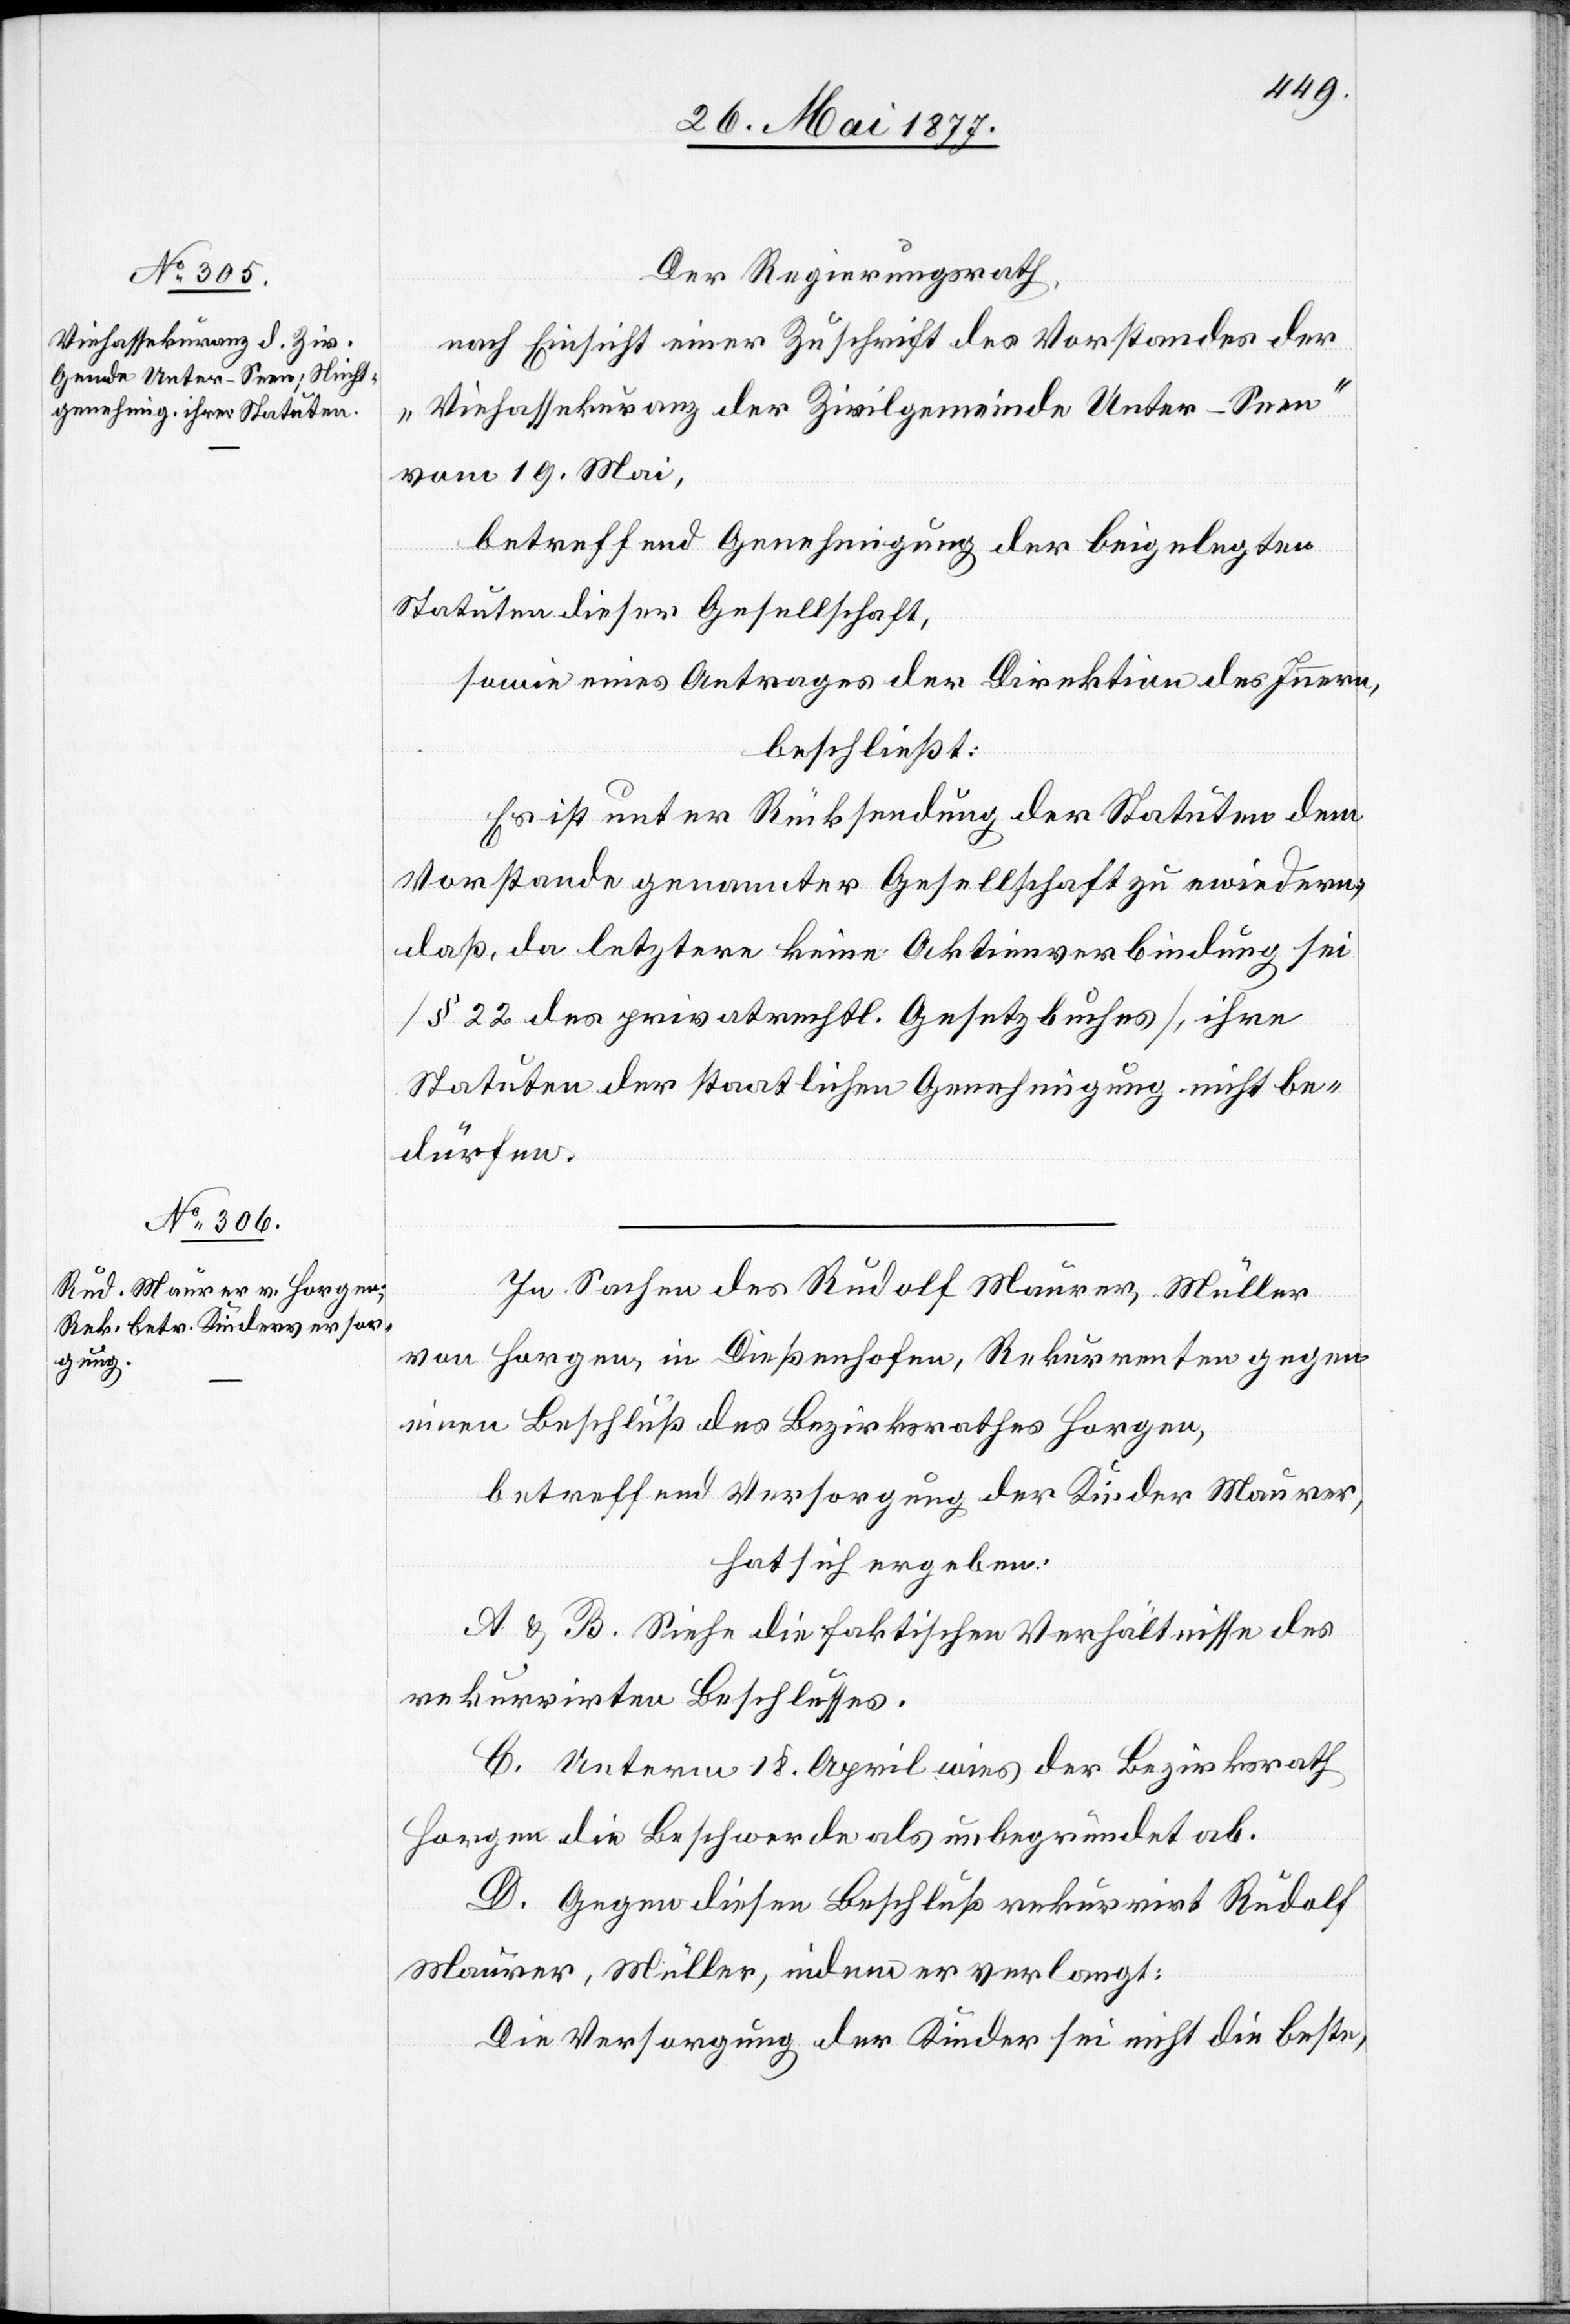
Der Regierungsrath,
nach Einsicht einer Zuschrift des Vorstandes der
„Viehassekuranz der Zivilgemeinde Unter-Seen“
vom 19. Mai,
betreffend Genehmigung der beigelegten
Statuten dieser Gesellschaft,
beschließt:
Es ist unter Rücksendung der Statuten dem
Vorstande genannter Gesellschaft zu erwiedern,
daß, da letztere keine Aktienverbindung sei
[§ 22 des privatrechtl. Gesetzbuches], ihre
Statuten der staatlichen Genehmigung nicht be¬
dürfen.
In Sachen des Rudolf Maurer, Müller
von Horgen, in Dießenhofen, Rekurrenten gegen
eine Beschluß des Bezirksrathes Horgen,
betreffend Versorgung der Kinder Maurer,
hat sich ergeben:
A & B. Siehe die faktischen Verhältnisse des
rekurrirten Beschlusses.
C. Unterm 18. April wies der Bezirksrath
Horgen die Beschwerde als unbegründet ab.
D. Gegen diesen Beschluß rekurrirt Rudolf
Maurer, Müller, indem er verlangt:
Die Versorgung der Kinder sei nicht die beste,